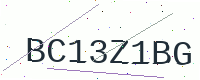
Text: BC13Z1BG